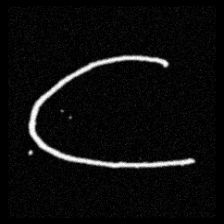
Pyu character \u2014 Myanmar letter: ဋ (romanized: tta)